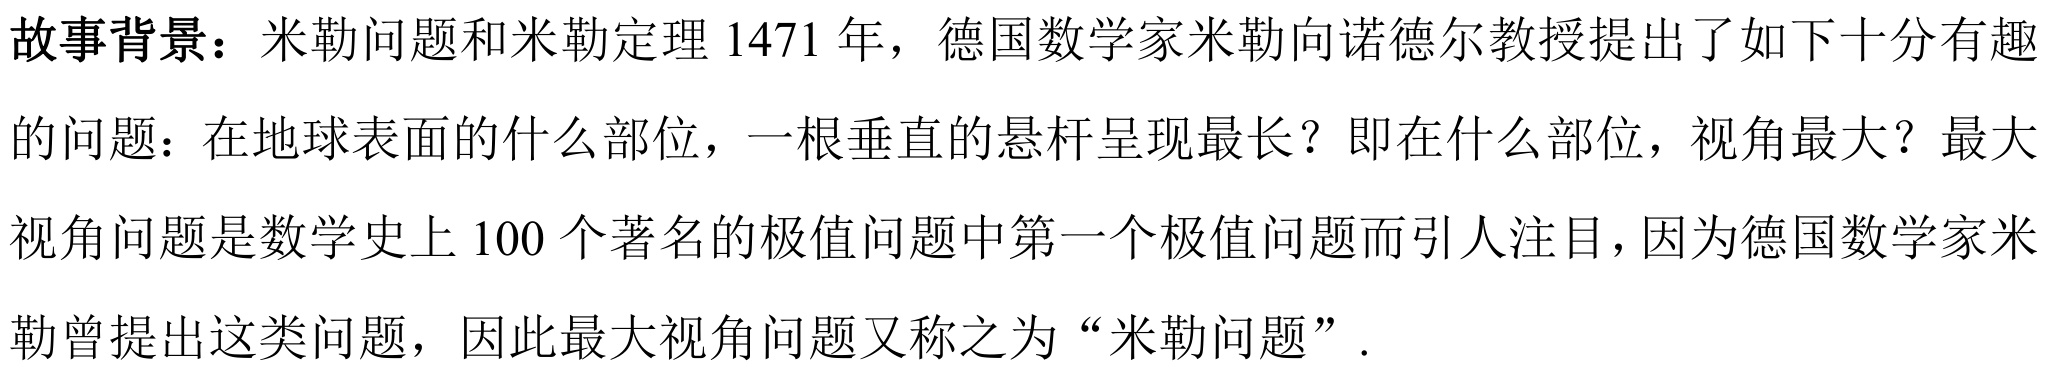
故事背景：米勒问题和米勒定理 1471 年，德国数学家米勒向诺德尔教授提出了如下十分有趣的问题：在地球表面的什么部位，一根垂直的悬杆呈现最长？即在什么部位，视角最大？最大视角问题是数学史上 100 个著名的极值问题中第一个极值问题而引人注目，因为德国数学家米勒曾提出这类问题，因此最大视角问题又称之为“米勒问题”.